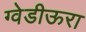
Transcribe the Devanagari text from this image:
ग्वेडीऊरा